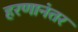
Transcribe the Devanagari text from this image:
हरणानंतर